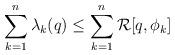
LaTeX: \begin{align*}\sum_{k=1}^{n} \lambda_k(q) \leq \sum_{k=1}^{n} \mathcal{R}[q,\phi_k]\end{align*}